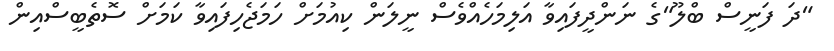
"ދަ ފަނީސް ބްލޫ"ގެ ނަންދީފައިވާ އަލިމަހެއްވެސް ނީލަން ކިއުމަށް ހަމަޖެހިފައިވާ ކަމަށް ސޮތެބީސްއިން